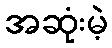
အဆုံးမဲ့